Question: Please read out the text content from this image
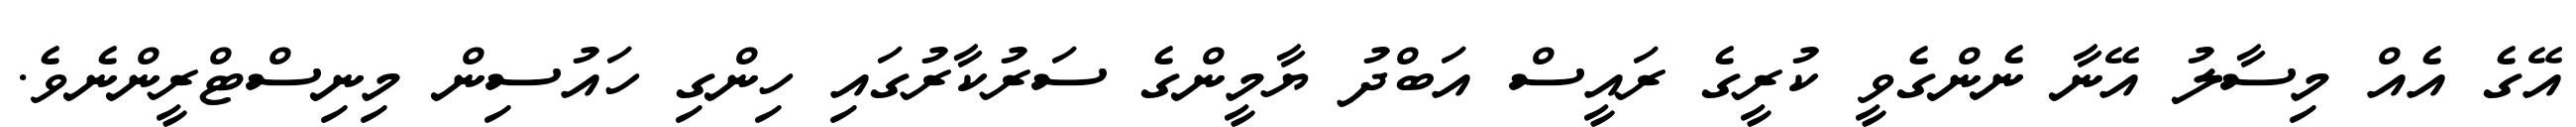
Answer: އޭގެ އެއް މިސާލު އޭނާ ނެންގެވީ ކުރީގެ ރައީސް އަބްދު ޔާމީންގެ ސަރުކާރުގައި ހިންގި ހައުސިން މިނިސްޓްރީންނެވެ.